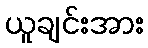
ယူချင်းအား